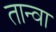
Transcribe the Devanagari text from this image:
तान्वा